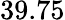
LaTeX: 39.75